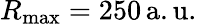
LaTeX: R_{\mathrm{max}}=250\, \mathrm{a.u.}